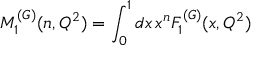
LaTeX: M _ { 1 } ^ { ( G ) } ( n , Q ^ { 2 } ) = \int _ { 0 } ^ { 1 } d x \, x ^ { n } F _ { 1 } ^ { ( G ) } ( x , Q ^ { 2 } )